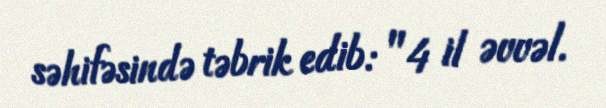
səhifəsində təbrik edib: "4 il əvvəl.